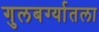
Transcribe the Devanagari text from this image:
गुलबर्ग्यातला